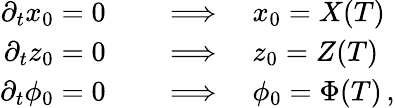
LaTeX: \begin{array}{rl}{\partial_{t}x_{0}=0}&{{}\quad\Longrightarrow\quad x_{0}=X(T)}\\ {\partial_{t}z_{0}=0}&{{}\quad\Longrightarrow\quad z_{0}=Z(T)}\\ {\partial_{t}\phi_{0}=0}&{{}\quad\Longrightarrow\quad\phi_{0}=\Phi(T)\, ,}\end{array}